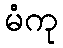
မံကု